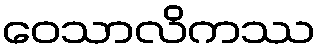
ဝေသာလိကဿ